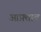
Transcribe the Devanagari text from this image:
आफ़्ताब